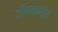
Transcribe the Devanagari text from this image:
जीवनकथने